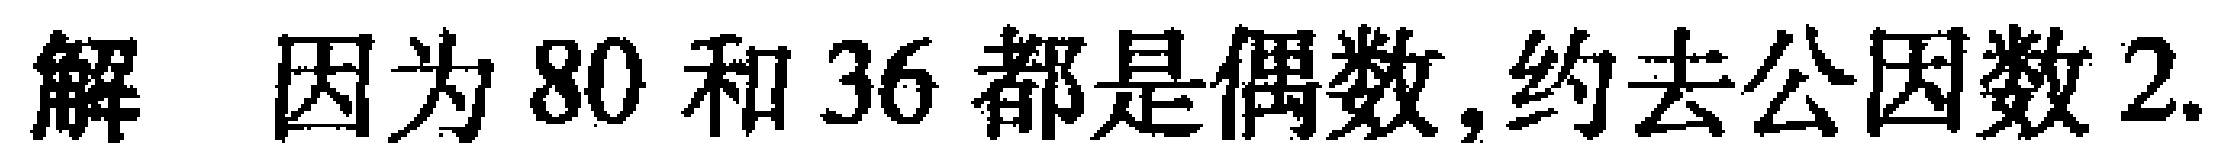
解 因为 \(80\) 和 \(36\) 都是偶数,约去公因数 \(2\).